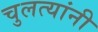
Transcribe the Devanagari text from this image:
चुलत्यांनी